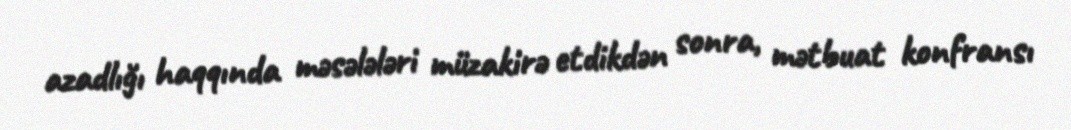
azadlığı haqqında məsələləri müzakirə etdikdən sonra, mətbuat konfransı